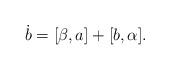
LaTeX: \begin{align*}\dot{b}=[\beta,a]+[b,\alpha].\end{align*}